Tezpur Lunatic Asylum reports 1895-1904 - 1895-1904
Year: 1895
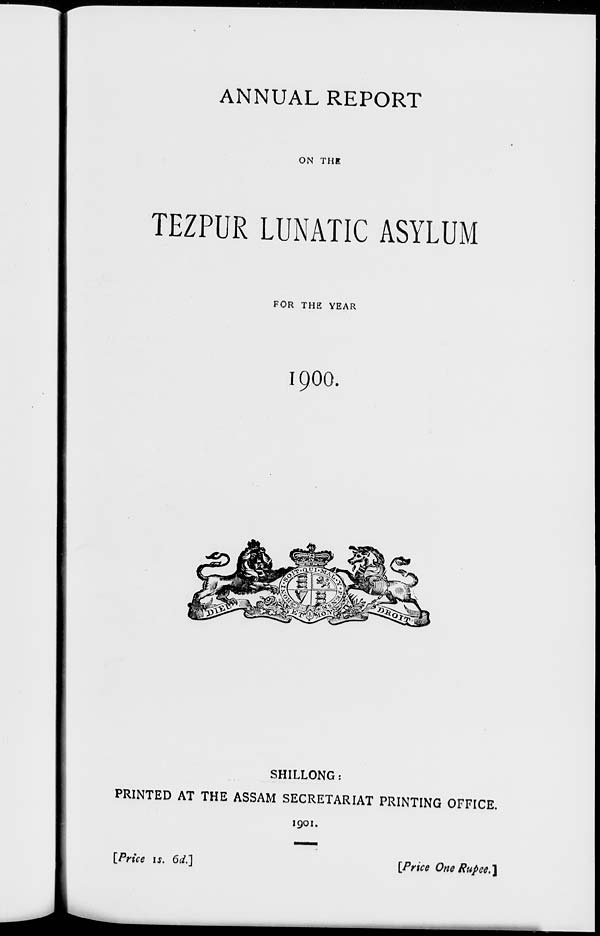
ANNUAL REPORT
ON THE
TEZPUR LUNATIC ASYLUM
FOR THE YEAR
1900.
SHILLONG:
PRINTED AT THE ASSAM SECRETARIAT PRINTING OFFICE.
1901.
[Price is. 6d."]
[Price One Rupee. ]